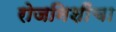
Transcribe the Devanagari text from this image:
रोजनिशींचा